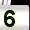
Digit: 5